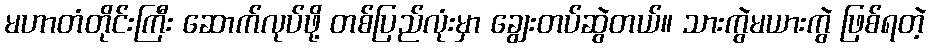
မဟာတံတိုင်းကြီး ဆောက်လုပ်ဖို့ တစ်ပြည်လုံးမှာ ချွေးတပ်ဆွဲတယ်။ သားကွဲမယားကွဲ ဖြစ်ရတဲ့